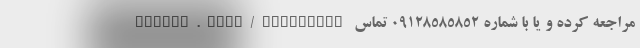
hoopoe.life/investing مراجعه کرده و یا با شماره 09128585852 تماس